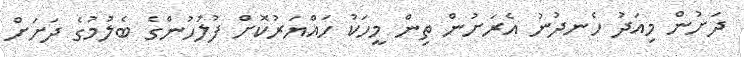
ދަށުން މިއަދު ހެނދުނު އެރަށުން ތިން މީހަކު ހައްޔަރުކޮށް ފުލުހުންގެ ބެލުމުގެ ދަށަށް